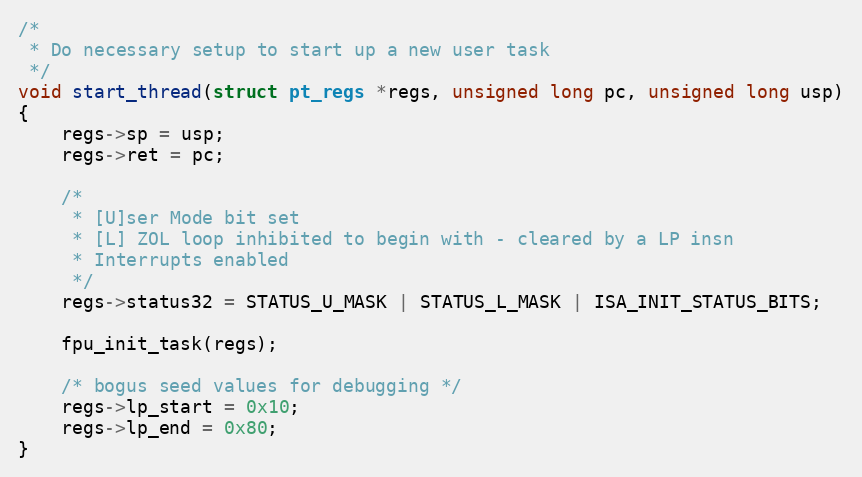
Language: C
/*
 * Do necessary setup to start up a new user task
 */
void start_thread(struct pt_regs *regs, unsigned long pc, unsigned long usp)
{
	regs->sp = usp;
	regs->ret = pc;

	/*
	 * [U]ser Mode bit set
	 * [L] ZOL loop inhibited to begin with - cleared by a LP insn
	 * Interrupts enabled
	 */
	regs->status32 = STATUS_U_MASK | STATUS_L_MASK | ISA_INIT_STATUS_BITS;

	fpu_init_task(regs);

	/* bogus seed values for debugging */
	regs->lp_start = 0x10;
	regs->lp_end = 0x80;
}